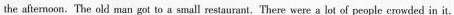
the afternoon.The old man got to a small restaurant.There were a lot of people crowded in it.